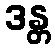
ဒန္တ